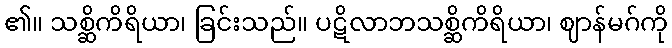
၏။ သစ္ဆိကိရိယာ၊ ခြင်းသည်။ ပဋိလာဘသစ္ဆိကိရိယာ၊ ဈာန်မဂ်ကို